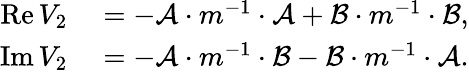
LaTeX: \begin{array}{rl}{\operatorname{Re}V_{2}}&{{}=-\mathcal{A}\cdot m^{-1}\cdot\mathcal{A}+\mathcal{B}\cdot m^{-1}\cdot\mathcal{B},}\\ {\operatorname{Im}V_{2}}&{{}=-\mathcal{A}\cdot m^{-1}\cdot\mathcal{B}-\mathcal{B}\cdot m^{-1}\cdot\mathcal{A}.}\end{array}